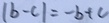
\vert b - c \vert = - b + c